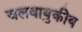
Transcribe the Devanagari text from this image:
जलवायुकीय